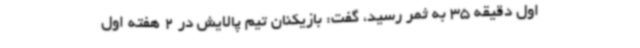
اول دقیقه 35 به ثمر رسید، گفت: بازیکنان تیم پالایش در 2 هفته اول